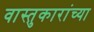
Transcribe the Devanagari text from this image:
वास्तुकारांच्या